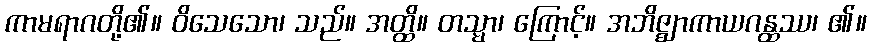
ကာမရာဂတို့၏။ ဝိသေသော၊ သည်။ အတ္ထိ။ တသ္မာ၊ ကြောင့်။ အဘိဇ္ဈာကာယဂန္ထဿ၊ ၏။